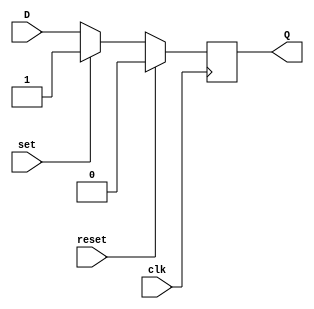
module d_flipflop (
    input wire clk, // clock input
    input wire reset, // reset input
    input wire set, // set input
    input wire D, // data input
    output reg Q // output
);

// defining the flip-flop behavior
always @ (posedge clk) begin
    if (reset) begin
        Q <= 1'b0; // reset
    end else if (set)begin
        Q <= 1'b1; // set
    end else begin
        Q <= D; // data input
    end
end

endmodule